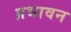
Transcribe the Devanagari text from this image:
प्रभावन